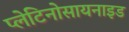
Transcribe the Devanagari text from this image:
प्लेटिनोसायनाइड